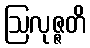
ဩလုဇ္ဇတိ